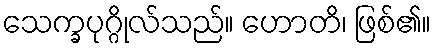
သေက္ခပုဂ္ဂိုလ်သည်။ ဟောတိ၊ ဖြစ်၏။